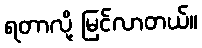
ရတာလို့ မြင်လာတယ်။